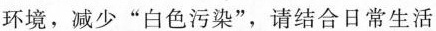
环境，减少”白色污染”，请结合日常生活